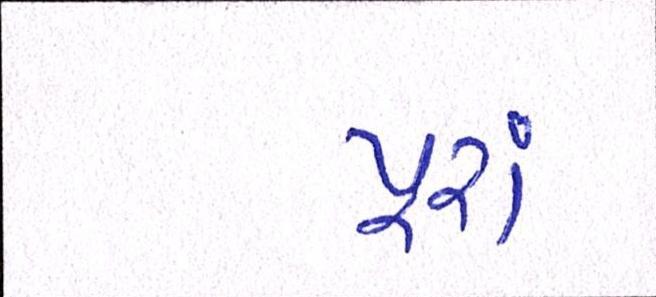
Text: પૂરાં